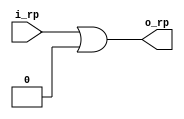
module round_permutation #(
    parameter [5:0] shift = 5'b0000,
    parameter [7:0] data_length = 8'd16
)(
    input [data_length - 1:0] i_rp,  output [data_length - 1:0] o_rp
); 
/*
    genvar i;
    generate
        for(i = 0; i < shift; i = i +1) begin
            assign o_rp[i] = i_rp[15 - i];

        end

    endgenerate
    
    assign o_rp[15:shift] = i_rp[15 -shift: 0]; 
    //o_rp[15:shift] = (i_rp << shift); 
*/

assign o_rp = (i_rp << shift) | (i_rp >> (data_length - shift));
endmodule